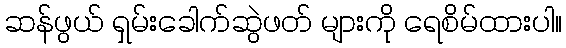
ဆန်ဖွယ် ရှမ်းခေါက်ဆွဲဖတ် များကို ရေစိမ်ထားပါ။